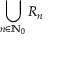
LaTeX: \bigcup _ { n \in \mathbb { N } _ { 0 } } R _ { n }